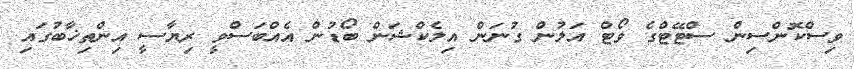
ވިސްކޮންސިން ސްޓޭޓްގެ ވޯޓް އަލުން ގުނަން އިލެކްޝަން ބޯޑުން އެއްބަސްވީ ރިޔާސީ އިންތިޚާބުގައި